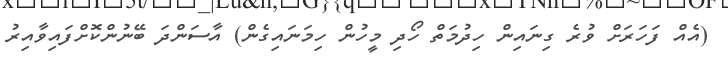
(އެއް ފަހަރަށް ވުރެ ގިނައިން ހިދުމަތް ހޯދި މީހުން ހިމަނައިގެން) އާސަންދަ ބޭނުންކޮށްފައިވާއިރު